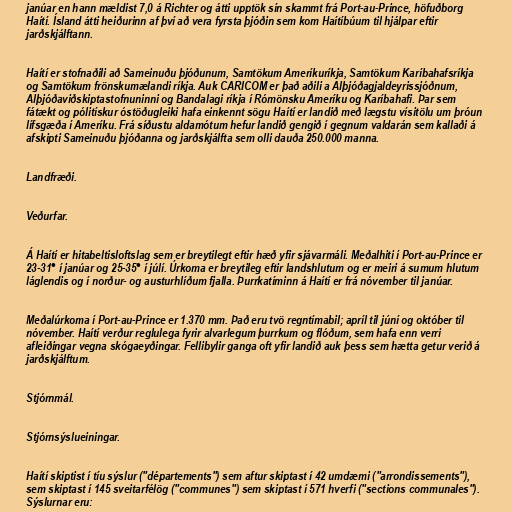
janúar en hann mældist 7,0 á Richter og átti upptök sín skammt frá Port-au-Prince, höfuðborg
Haítí. Ísland átti heiðurinn af því að vera fyrsta þjóðin sem kom Haítíbúum til hjálpar eftir
jarðskjálftann.

Haítí er stofnaðili að Sameinuðu þjóðunum, Samtökum Ameríkuríkja, Samtökum Karíbahafsríkja
og Samtökum frönskumælandi ríkja. Auk CARICOM er það aðili a Alþjóðagjaldeyrissjóðnum,
Alþjóðaviðskiptastofnuninni og Bandalagi ríkja í Rómönsku Ameríku og Karíbahafi. Þar sem
fátækt og pólitískur óstöðugleiki hafa einkennt sögu Haítí er landið með lægstu vísitölu um þróun
lífsgæða í Ameríku. Frá síðustu aldamótum hefur landið gengið í gegnum valdarán sem kallaði á
afskipti Sameinuðu þjóðanna og jarðskjálfta sem olli dauða 250.000 manna.

Landfræði.

Veðurfar.

Á Haítí er hitabeltisloftslag sem er breytilegt eftir hæð yfir sjávarmáli. Meðalhiti í Port-au-Prince er
23-31° í janúar og 25-35° í júlí. Úrkoma er breytileg eftir landshlutum og er meiri á sumum hlutum
láglendis og í norður- og austurhlíðum fjalla. Þurrkatíminn á Haítí er frá nóvember til janúar.

Meðalúrkoma í Port-au-Prince er 1.370 mm. Það eru tvö regntímabil; apríl til júní og október til
nóvember. Haítí verður reglulega fyrir alvarlegum þurrkum og flóðum, sem hafa enn verri
afleiðingar vegna skógaeyðingar. Fellibylir ganga oft yfir landið auk þess sem hætta getur verið á
jarðskjálftum.

Stjórnmál.

Stjórnsýslueiningar.

Haítí skiptist í tíu sýslur ("départements") sem aftur skiptast í 42 umdæmi ("arrondissements"),
sem skiptast í 145 sveitarfélög ("communes") sem skiptast í 571 hverfi ("sections communales").
Sýslurnar eru: